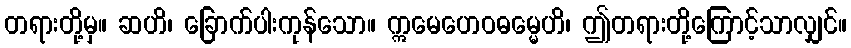
တရားတို့မှ။ ဆဟိ၊ ခြောက်ပါးကုန်သော။ ဣမေဟေဝဓမ္မေဟိ၊ ဤတရားတို့ကြောင့်သာလျှင်။